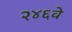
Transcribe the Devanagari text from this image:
२४६वे